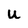
Character: u